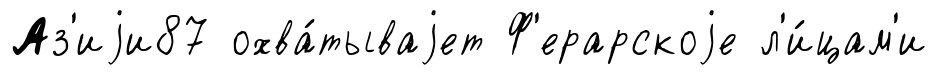
Аз'иjи87 охва́тываjет Ф'ерарскоjе л'и́цам'и